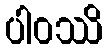
ပါဝဿိ